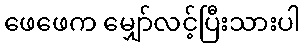
ဖေဖေက မျှော်လင့်ပြီးသားပါ